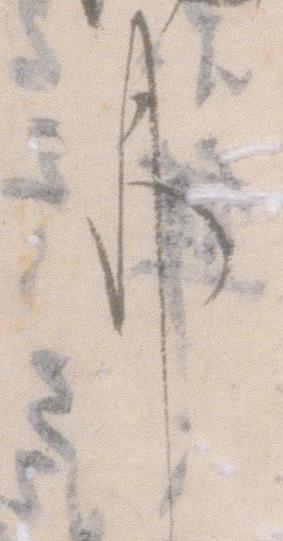
事